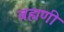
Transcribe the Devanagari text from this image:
बह्मणी